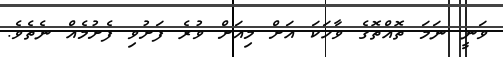
ވަނީ ނަމަ ތޮއްތޮގެ ވާހަކަ އަށް މިއަށް ވުރެ ފަށުވި ފެށުމެއް ނެތެވެ.